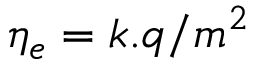
\eta _ { e } = k . q / m ^ { 2 }